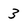
Character: 3